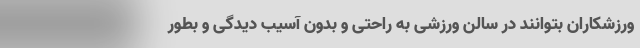
ورزشکاران بتوانند در سالن ورزشی به راحتی و بدون آسیب دیدگی و بطور